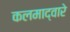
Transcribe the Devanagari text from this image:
कलमाद्वारे